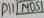
Text: M051